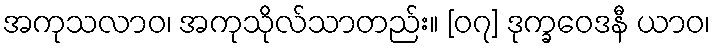
အကုသလာဝ၊ အကုသိုလ်သာတည်း။ [၀၇] ဒုက္ခဝေဒနီ ယာဝ၊